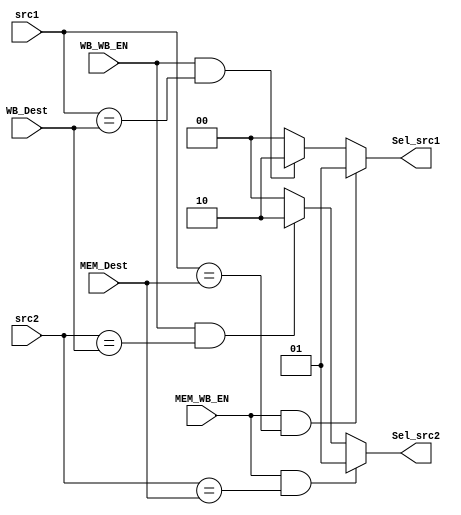
module ForwardingUnit (src1, src2, MEM_Dest, MEM_WB_EN, WB_Dest, WB_WB_EN, Sel_src1, Sel_src2);
input [3:0] src1;
input [3:0] src2;
input [3:0] MEM_Dest;
input MEM_WB_EN;
input [3:0] WB_Dest;
input WB_WB_EN;
output [1:0] Sel_src1;
output [1:0] Sel_src2;

	assign Sel_src1 = ((MEM_WB_EN == 1'b1) && (src1 == MEM_Dest))? 2'b01:
			  ((WB_WB_EN == 1'b1) && (src1 == WB_Dest))? 2'b10:
			   2'b00;

	assign Sel_src2 = ((MEM_WB_EN == 1'b1) && (src2 == MEM_Dest))? 2'b01:
			  ((WB_WB_EN == 1'b1) && (src2 == WB_Dest))? 2'b10:
			   2'b00;

endmodule